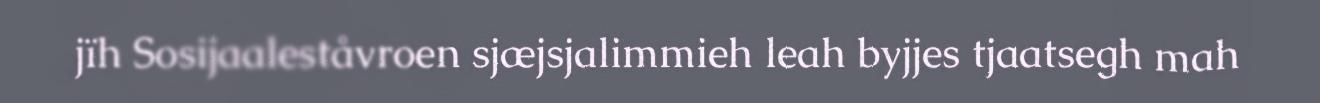
jïh Sosijaaleståvroen sjæjsjalimmieh leah byjjes tjaatsegh mah